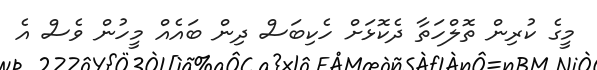
މީގެ ކުރިން ތޮލްހަތާ ދެކޮޅަށް ހެކިބަސް ދިން ބައެއް މީހުން ވެސް އެ